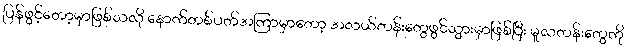
ပြန်ဖွင့်တော့မှာဖြစ်သလို နောက်တစ်ပတ်အကြာမှာတော့ အလယ်တန်းတွေဖွင်သွားမှာဖြစ်ပြီး မူလတန်းတွေကို